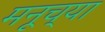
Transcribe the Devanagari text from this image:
मनूच्या